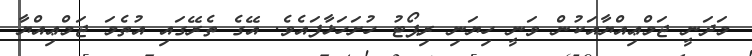
މަދަނީ ޖަމްޢިއްޔާއަކުން ވަނީ ހިޔަނި ރިޕޯޓު ހުށަހަޅާފައެވެ. އޭގެ ތެރޭގައި އުތެމަ ޖަމްޢިއްޔާ